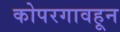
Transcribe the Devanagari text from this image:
कोपरगावहून